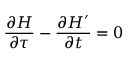
\frac { \partial H } { \partial \tau } - \frac { \partial H ^ { \prime } } { \partial t } = 0